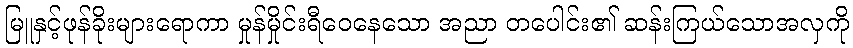
မြူနှင့်ဖုန်ခိုးများရောကာ မှုန်မှိုင်းရီဝေနေသော အညာ တပေါင်း၏ ဆန်းကြယ်သောအလှကို